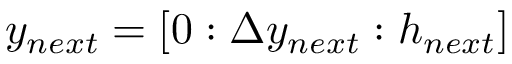
y _ { n e x t } = [ 0 : \Delta y _ { n e x t } : h _ { n e x t } ]